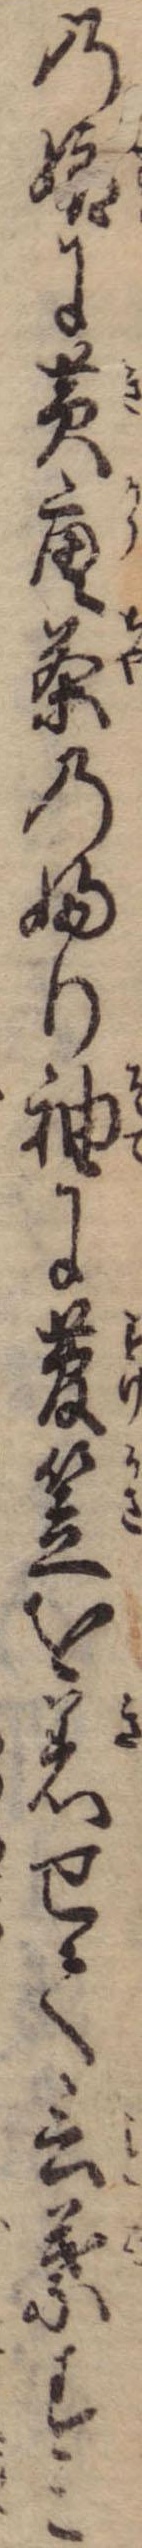
の娘に黄唐茶のふり袖に菅笠を着せて言葉すこ